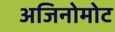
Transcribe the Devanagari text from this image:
अजिनोमोट